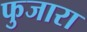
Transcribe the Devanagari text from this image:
फुजारा